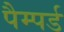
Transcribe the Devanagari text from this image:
पैम्पर्ड